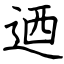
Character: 迺